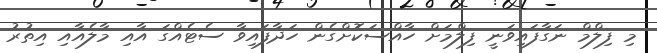
މި ފިލްމް ނަގާފައިވަނީ ފިލްމަށް ހާއްސަކޮށްގެން ހަދާފައިވާ ސެޓެއްގަ އާއި މާލެއާއި އިތުރު